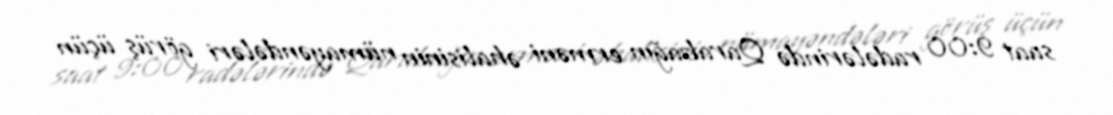
saat 9:00 radələrində Qarabağın erməni əhalisinin nümayəndələri görüş üçün